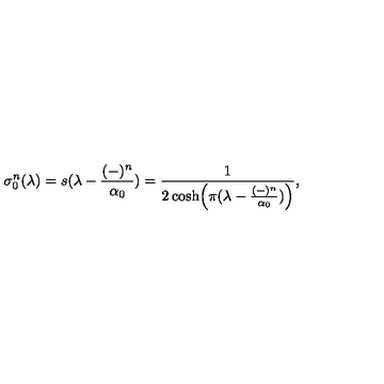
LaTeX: \sigma _ { 0 } ^ { n } ( \lambda ) = s ( \lambda - { \frac { ( - ) ^ { n } } { \alpha _ { 0 } } } ) = { \frac { 1 } { 2 \cosh \Bigl ( \pi ( \lambda - { \frac { ( - ) ^ { n } } { \alpha _ { 0 } } } ) \Bigr ) } } ,